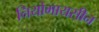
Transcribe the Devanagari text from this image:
नियोमायसीन